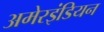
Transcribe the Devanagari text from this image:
अमेरइंडियन